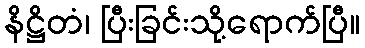
နိဋ္ဌိတံ၊ ပြီးခြင်းသို့ရောက်ပြီ။